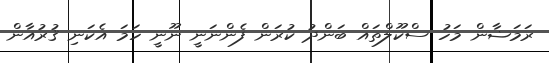
ރަމަޟާން މަހު ސްކޫލްތައް ބަންދު ކުރަން ފެންނަނީ ނޫނީ ހަމަ އެކަނި ޤުރުއާން